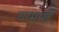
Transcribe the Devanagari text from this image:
यासार्खे